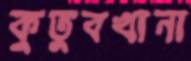
কুতুবখানা